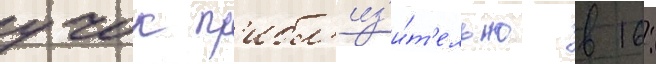
учок пр'ибл'из'и́т'ельно в 16: